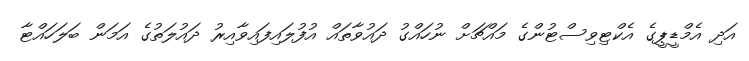
އަދި އެމްޑީޕީގެ އެކްޓިވިސްޓުންގެ މައްޗަށް ނުހައްގު ދައުވާތައް އުފުލައިފައިވާއިރު ދައުލަތުގެ އަމަން ބަލަހައްޓާ